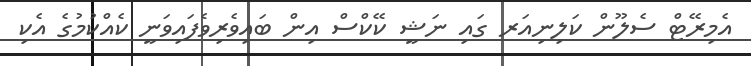
އެމިރޭޓް ސެލޫން ކަލިނިއަރ ގައި ނަޝީ ކޭކްސް އިން ބައިވެރިވެފައިވަނީ ކެއްކުމުގެ އެކި